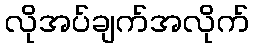
လိုအပ်ချက်အလိုက်